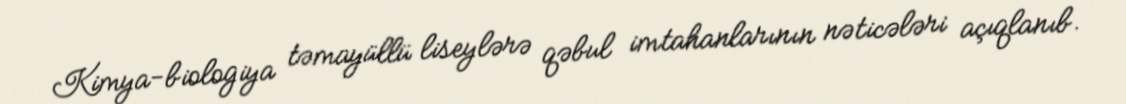
Kimya-biologiya təmayüllü liseylərə qəbul imtahanlarının nəticələri açıqlanıb.